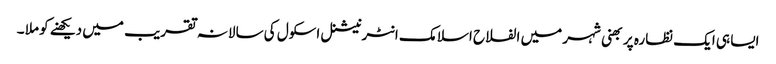
ایسا ہی ایک نظارہ پربھنی شہر میں الفلاح اسلامک انٹرنیشنل اسکول کی سالانہ تقریب میں دیکھنے کو ملا ۔